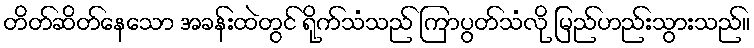
တိတ်ဆိတ်နေသော အခန်းထဲတွင် ရိုက်သံသည် ကြာပွတ်သံလို မြည်ဟည်းသွားသည်။